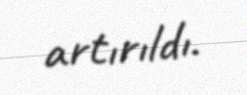
artırıldı.